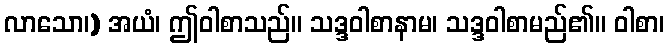
လာသော၊) အယံ၊ ဤဝါစာသည်။ သဒ္ဒဝါစာနာမ၊ သဒ္ဒဝါစာမည်၏။ ဝါစာ၊